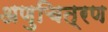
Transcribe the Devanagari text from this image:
अणुचित्रण